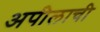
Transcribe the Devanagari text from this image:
अपीलाची